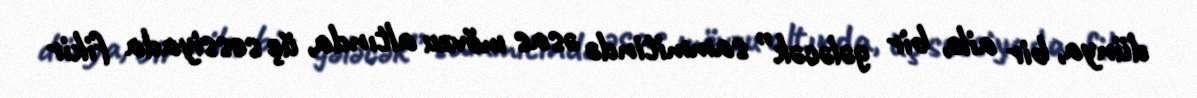
dünya, bir ailə, bir gələcək” sammitində əsas mövzu altında, üç sessiyada fikir